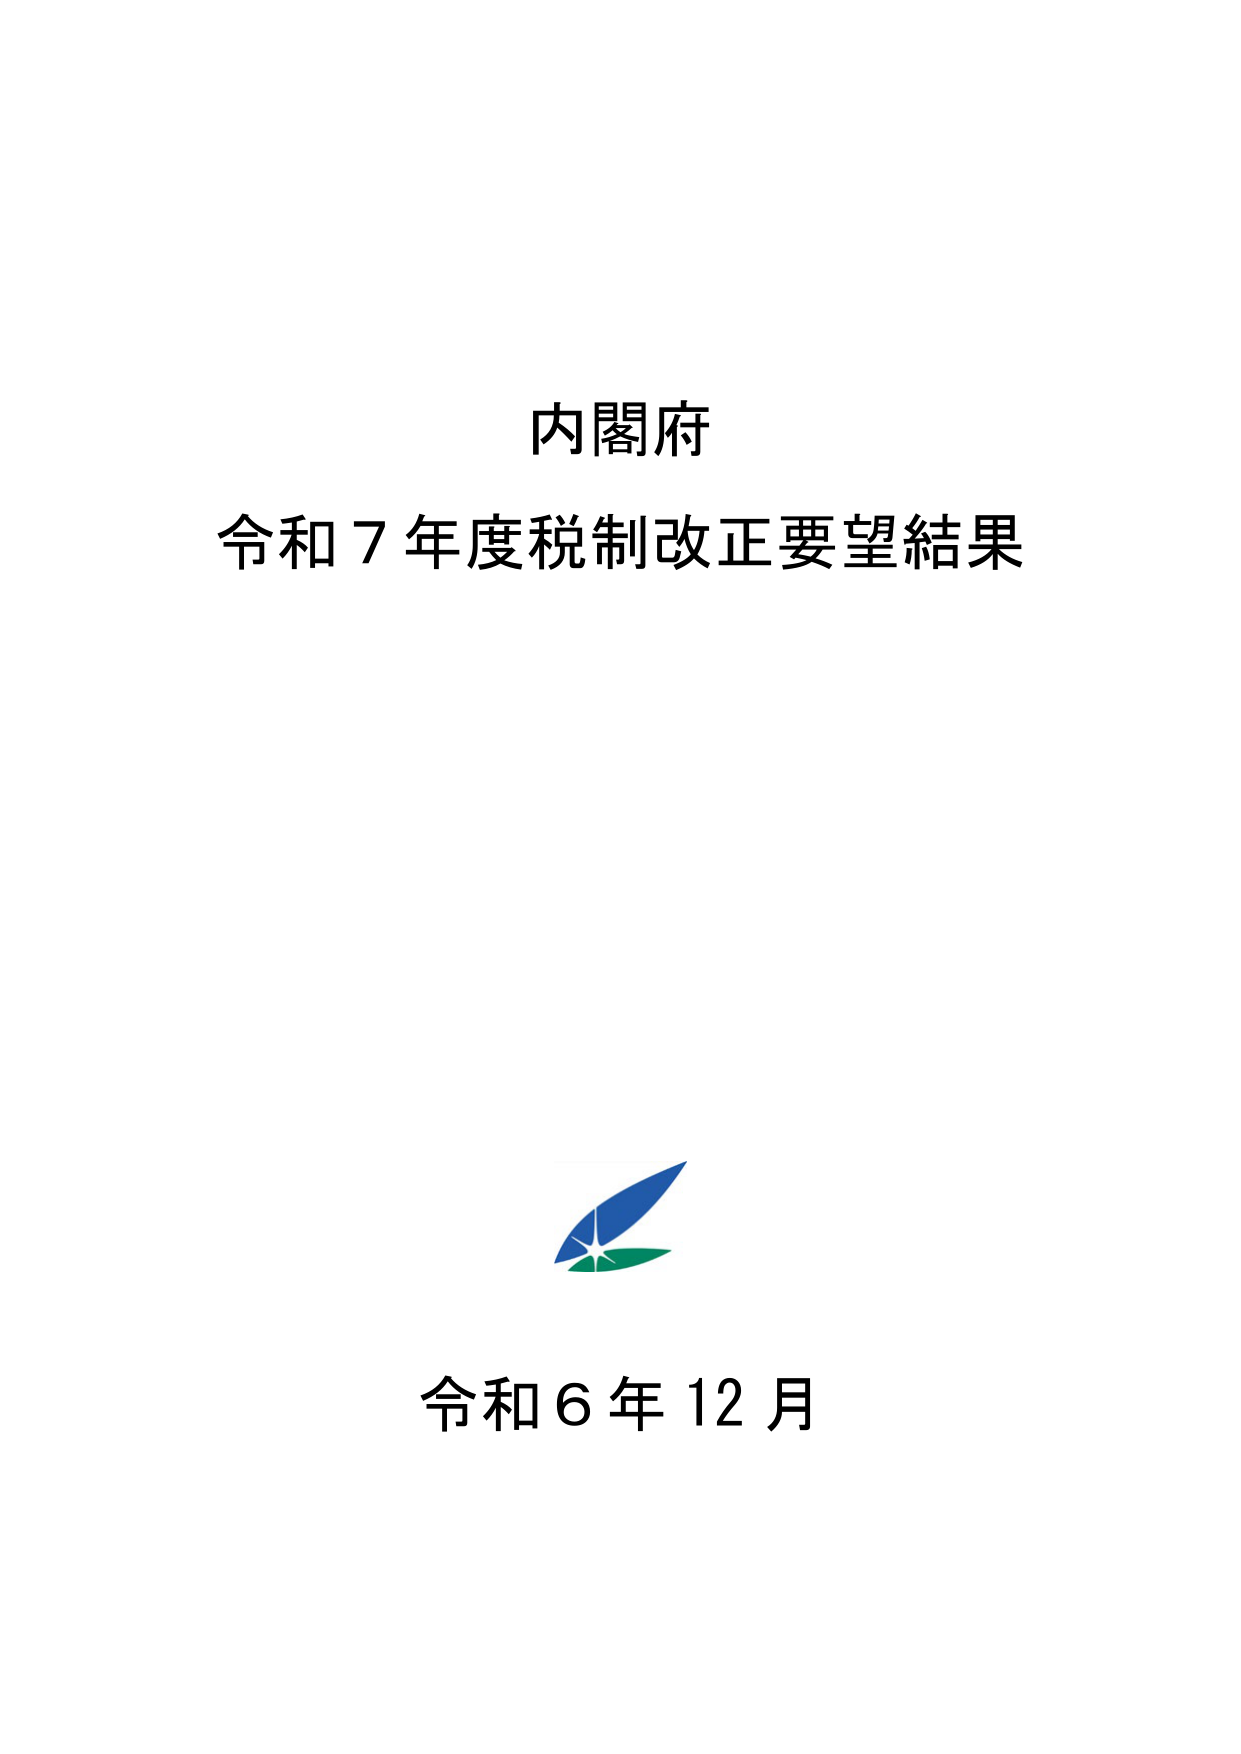
内閣府
令和７年度税制改正要望結果

令和６年12月